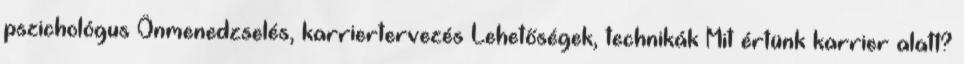
pszichológus Önmenedzselés, karriertervezés Lehetőségek, technikák Mit értünk karrier alatt?